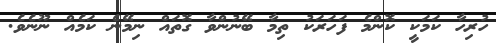
ހުރިހާ ކަމަކީ ކޮންމެ ފަހަރަކު ތިމާ ބޭނުންވާ ގޮތައް ނިމޭނެ ކަމެއް ނޫނެވެ.